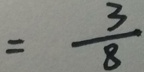
= \frac { 3 } { 8 }